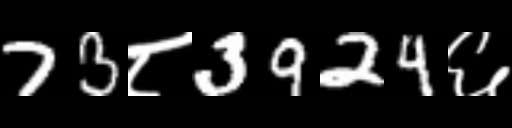
Text: 73८3924६